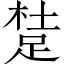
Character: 𨁥